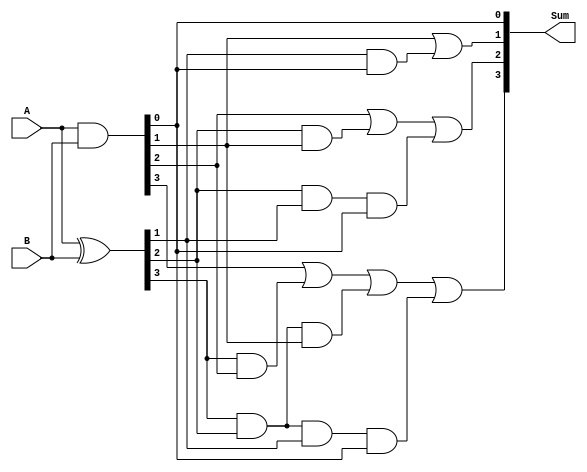
module carry_lookahead_adder(
    input [3:0] A,
    input [3:0] B,
    output [4:0] Sum
);

wire [3:0] P, G; // Propagate and Generate signals
wire [3:0] C; // Carry signals
wire [4:0] C_out; // Carry out signals

assign P = A ^ B; // Propagate signals
assign G = A & B; // Generate signals

assign C[0] = G[0]; // C0 is same as G0
assign C[1] = G[1] | (P[1] & G[0]); // C1 = G1 or (P1 and G0)
assign C[2] = G[2] | (P[2] & G[1]) | (P[2] & P[1] & G[0]); // C2 = G2 or (P2 and G1) or (P2 and P1 and G0)
assign C[3] = G[3] | (P[3] & G[2]) | (P[3] & P[2] & G[1]) | (P[3] & P[2] & P[1] & G[0]); // C3 = G3 or (P3 and G2) or (P3 and P2 and G1) or (P3 and P2 and P1 and G0)

assign Sum = {C_out[4], C}; // Sum output consists of carry out and C
endmodule